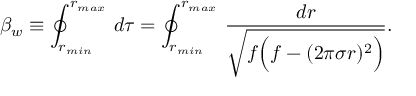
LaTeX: \beta _ { w } \equiv \oint _ { r _ { m i n } } ^ { r _ { m a x } } \, d \tau = \oint _ { r _ { m i n } } ^ { r _ { m a x } } \, { \frac { d r } { \sqrt { f \Big ( f - ( 2 \pi \sigma r ) ^ { 2 } \Big ) } } } .